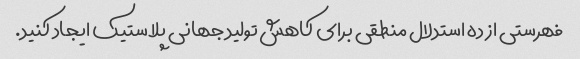
فهرستی از ده استدلال منطقی برای کاهش تولید جهانی پلاستیک ایجاد کنید.